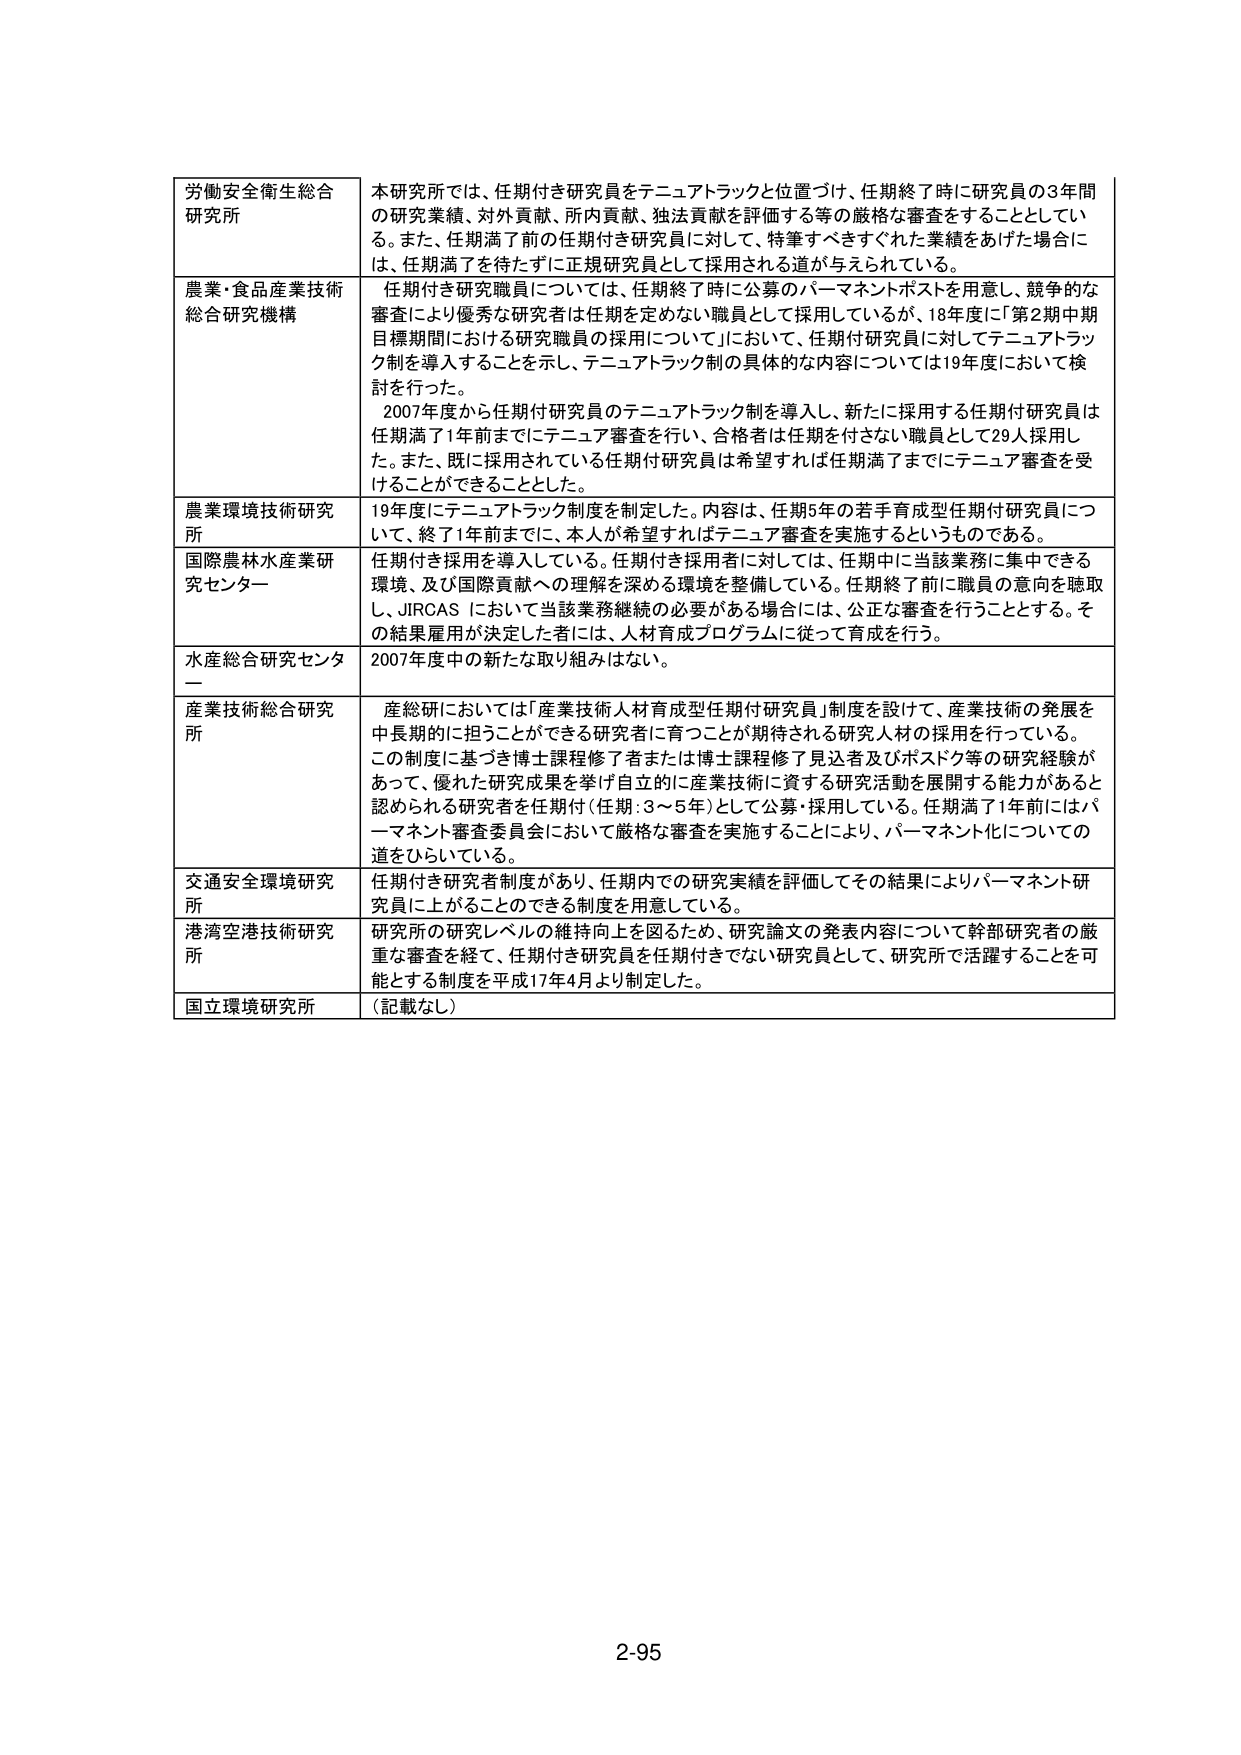
労働安全衛生総合研究所
本研究所では、任期付き研究員をテニュアトラックと位置づけ、任期終了時に研究員の3年間の研究業績、対外貢献、所内貢献、独法貢献を評価する等の厳格な審査をすることとしている。また、任期満了前の任期付き研究員に対して、特筆すべきすぐれた業績をあげた場合には、任期満了を待たずに正規研究員として採用される道が与えられている。

農業・食品産業技術総合研究機構
任期付き研究職員については、任期終了時に公募のパーマネントポストを用意し、競争的な審査により優秀な研究者を任期を定めない職員として採用しているが、18年度に「第2期中期目標期間における研究職員の採用について」において、任期付研究員に対してテニュアトラック制を導入することを示し、テニュアトラック制の具体的な内容については19年度において検討を行った。
2007年度から任期付研究員のテニュアトラック制を導入し、新たに採用する任期付研究員は任期満了1年前までにテニュア審査を行い、合格者は任期を付さない職員として29人採用した。また、既に採用されている任期付研究員は希望すれば任期満了までにテニュア審査を受けることができるとした。

農業環境技術研究所
19年度にテニュアトラック制度を制定した。内容は、任期5年の若手育成型任期付研究員について、終了1年前までに、本人が希望すればテニュア審査を実施するというものである。

国際農林水産業研究センター
任期付き採用を導入している。任期付き採用者に対しては、任期中に当該業務に集中できる環境、及び国際貢献への理解を深める環境を整備している。任期終了前に職員の意向を聴取し、JIRCAS において当該業務継続の必要がある場合には、公正な審査を行うこととする。その結果雇用が決定した者には、人材育成プログラムに従って育成を行う。

水産総合研究センター
2007年度中の新たな取り組みはない。

産業技術総合研究所
産総研においては「産業技術人材育成型任期付研究員」制度を設けて、産業技術の発展を中長期的に担うことができる研究者に育つことが期待される研究人材の採用を行っている。この制度に基づき博士課程修了者または博士課程修了見込者及びポスドク等の研究経験があって、優れた研究成果を挙げ自立的に産業技術に資する研究活動を展開する能力があると認められる研究者を任期付（任期：3～5年）として公募・採用している。任期満了1年前にはパーマネント審査委員会において厳格な審査を実施することにより、パーマネント化についての道をひらいている。

交通安全環境研究所
任期付き研究者制度があり、任期内での研究実績を評価してその結果によりパーマネント研究員に上がることのできる制度を用意している。

港湾空港技術研究所
研究所の研究レベルの維持向上を図るため、研究論文の発表内容について幹部研究者の厳重な審査を経て、任期付き研究員を任期付きでない研究員として、研究所で活躍することを可能とする制度を平成17年4月より制定した。

国立環境研究所
（記載なし）

2-95